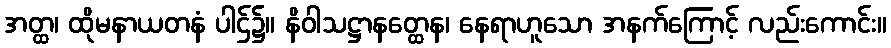
အတ္ထ၊ ထိုမနာယတနံ ပါဌ်၌။ နိဝါသဋ္ဌာနတ္ထေန၊ နေရာဟူသော အနက်ကြောင့် လည်းကောင်း။